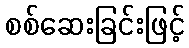
စစ်ဆေးခြင်းဖြင့်